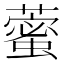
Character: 藌